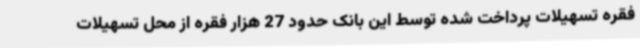
فقره تسهیلات پرداخت شده توسط این بانک حدود 27 هزار فقره از محل تسهیلات